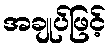
အချုပ်ဖြင့်